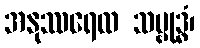
အနုဿရေထ သမ္ဗုဒ္ဓံ၊